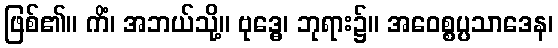
ဖြစ်၏။ ကိံ၊ အဘယ်သို့။ ဗုဒ္ဓေ၊ ဘုရား၌။ အဝေစ္စပ္ပသာဒေန၊